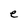
Character: e